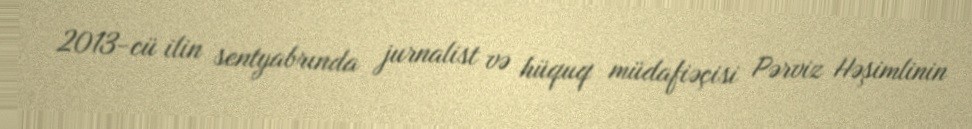
2013-cü ilin sentyabrında jurnalist və hüquq müdafiəçisi Pərviz Həşimlinin